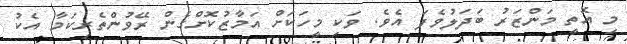
މި އޮތީ މަންޒަރު ބަދަލުވެފަ އެވެ. ވަކި މީހަކަށް އަމާޒުކޮށްގެން ރޭވުންތެރިކަމާ އެކު